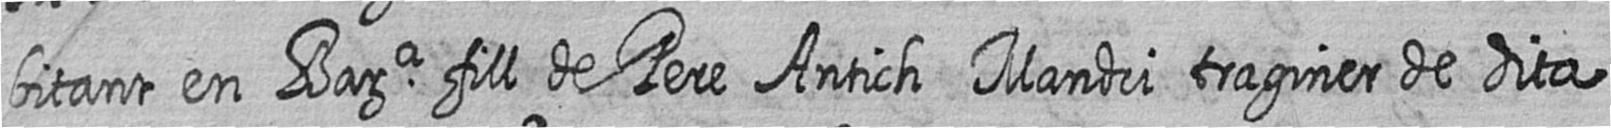
bitant en Bara fill de Pere Antich Mandri traginer de dita